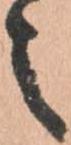
之